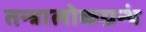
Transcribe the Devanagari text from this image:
तन्त्रालोकग्रन्थं